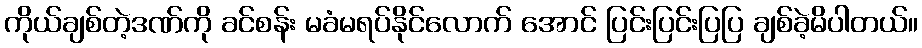
ကိုယ်ချစ်တဲ့ဒဏ်ကို ခင်စန်း မခံမရပ်နိုင်လောက် အောင် ပြင်းပြင်းပြပြ ချစ်ခဲ့မိပါတယ်။